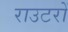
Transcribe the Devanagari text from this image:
राउटरों